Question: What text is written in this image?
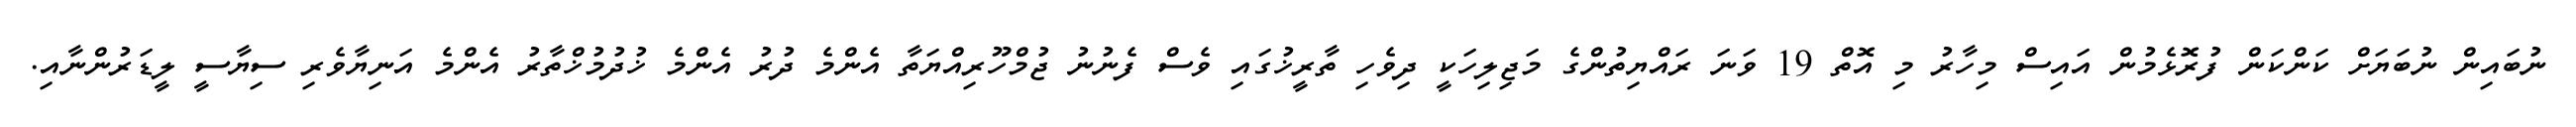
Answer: ނުބައިން ނުބަޔަށް ކަންކަން ފުރޮޅެމުން އައިސް މިހާރު މި އޮތް 19 ވަނަ ރައްޔިތުންގެ މަޖިލިހަކީ ދިވެހި ތާރީޚުގައި ވެސް ފެނުނު ޖުމްހޫރިއްޔަތާ އެންމެ ދުރު އެންމެ ޚުދުމުޚްތާރު އެންމެ އަނިޔާވެރި ސިޔާސީ ލީޑަރުންނާއި.